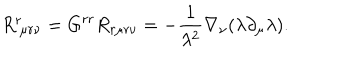
R _ { \ \mu r \nu } ^ { r } = G ^ { r r } R _ { r \mu r \nu } = - \frac { 1 } { \lambda ^ { 2 } } \nabla _ { \nu } ( \lambda \partial _ { \mu } \lambda ) .